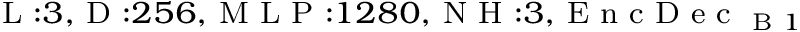
_ { \textrm { L } : 3 , \textrm { D } : 2 5 6 , \textrm { M L P } : 1 2 8 0 , \textrm { N H } : 3 , \textrm { E n c D e c } _ { \textrm { B } 1 } }